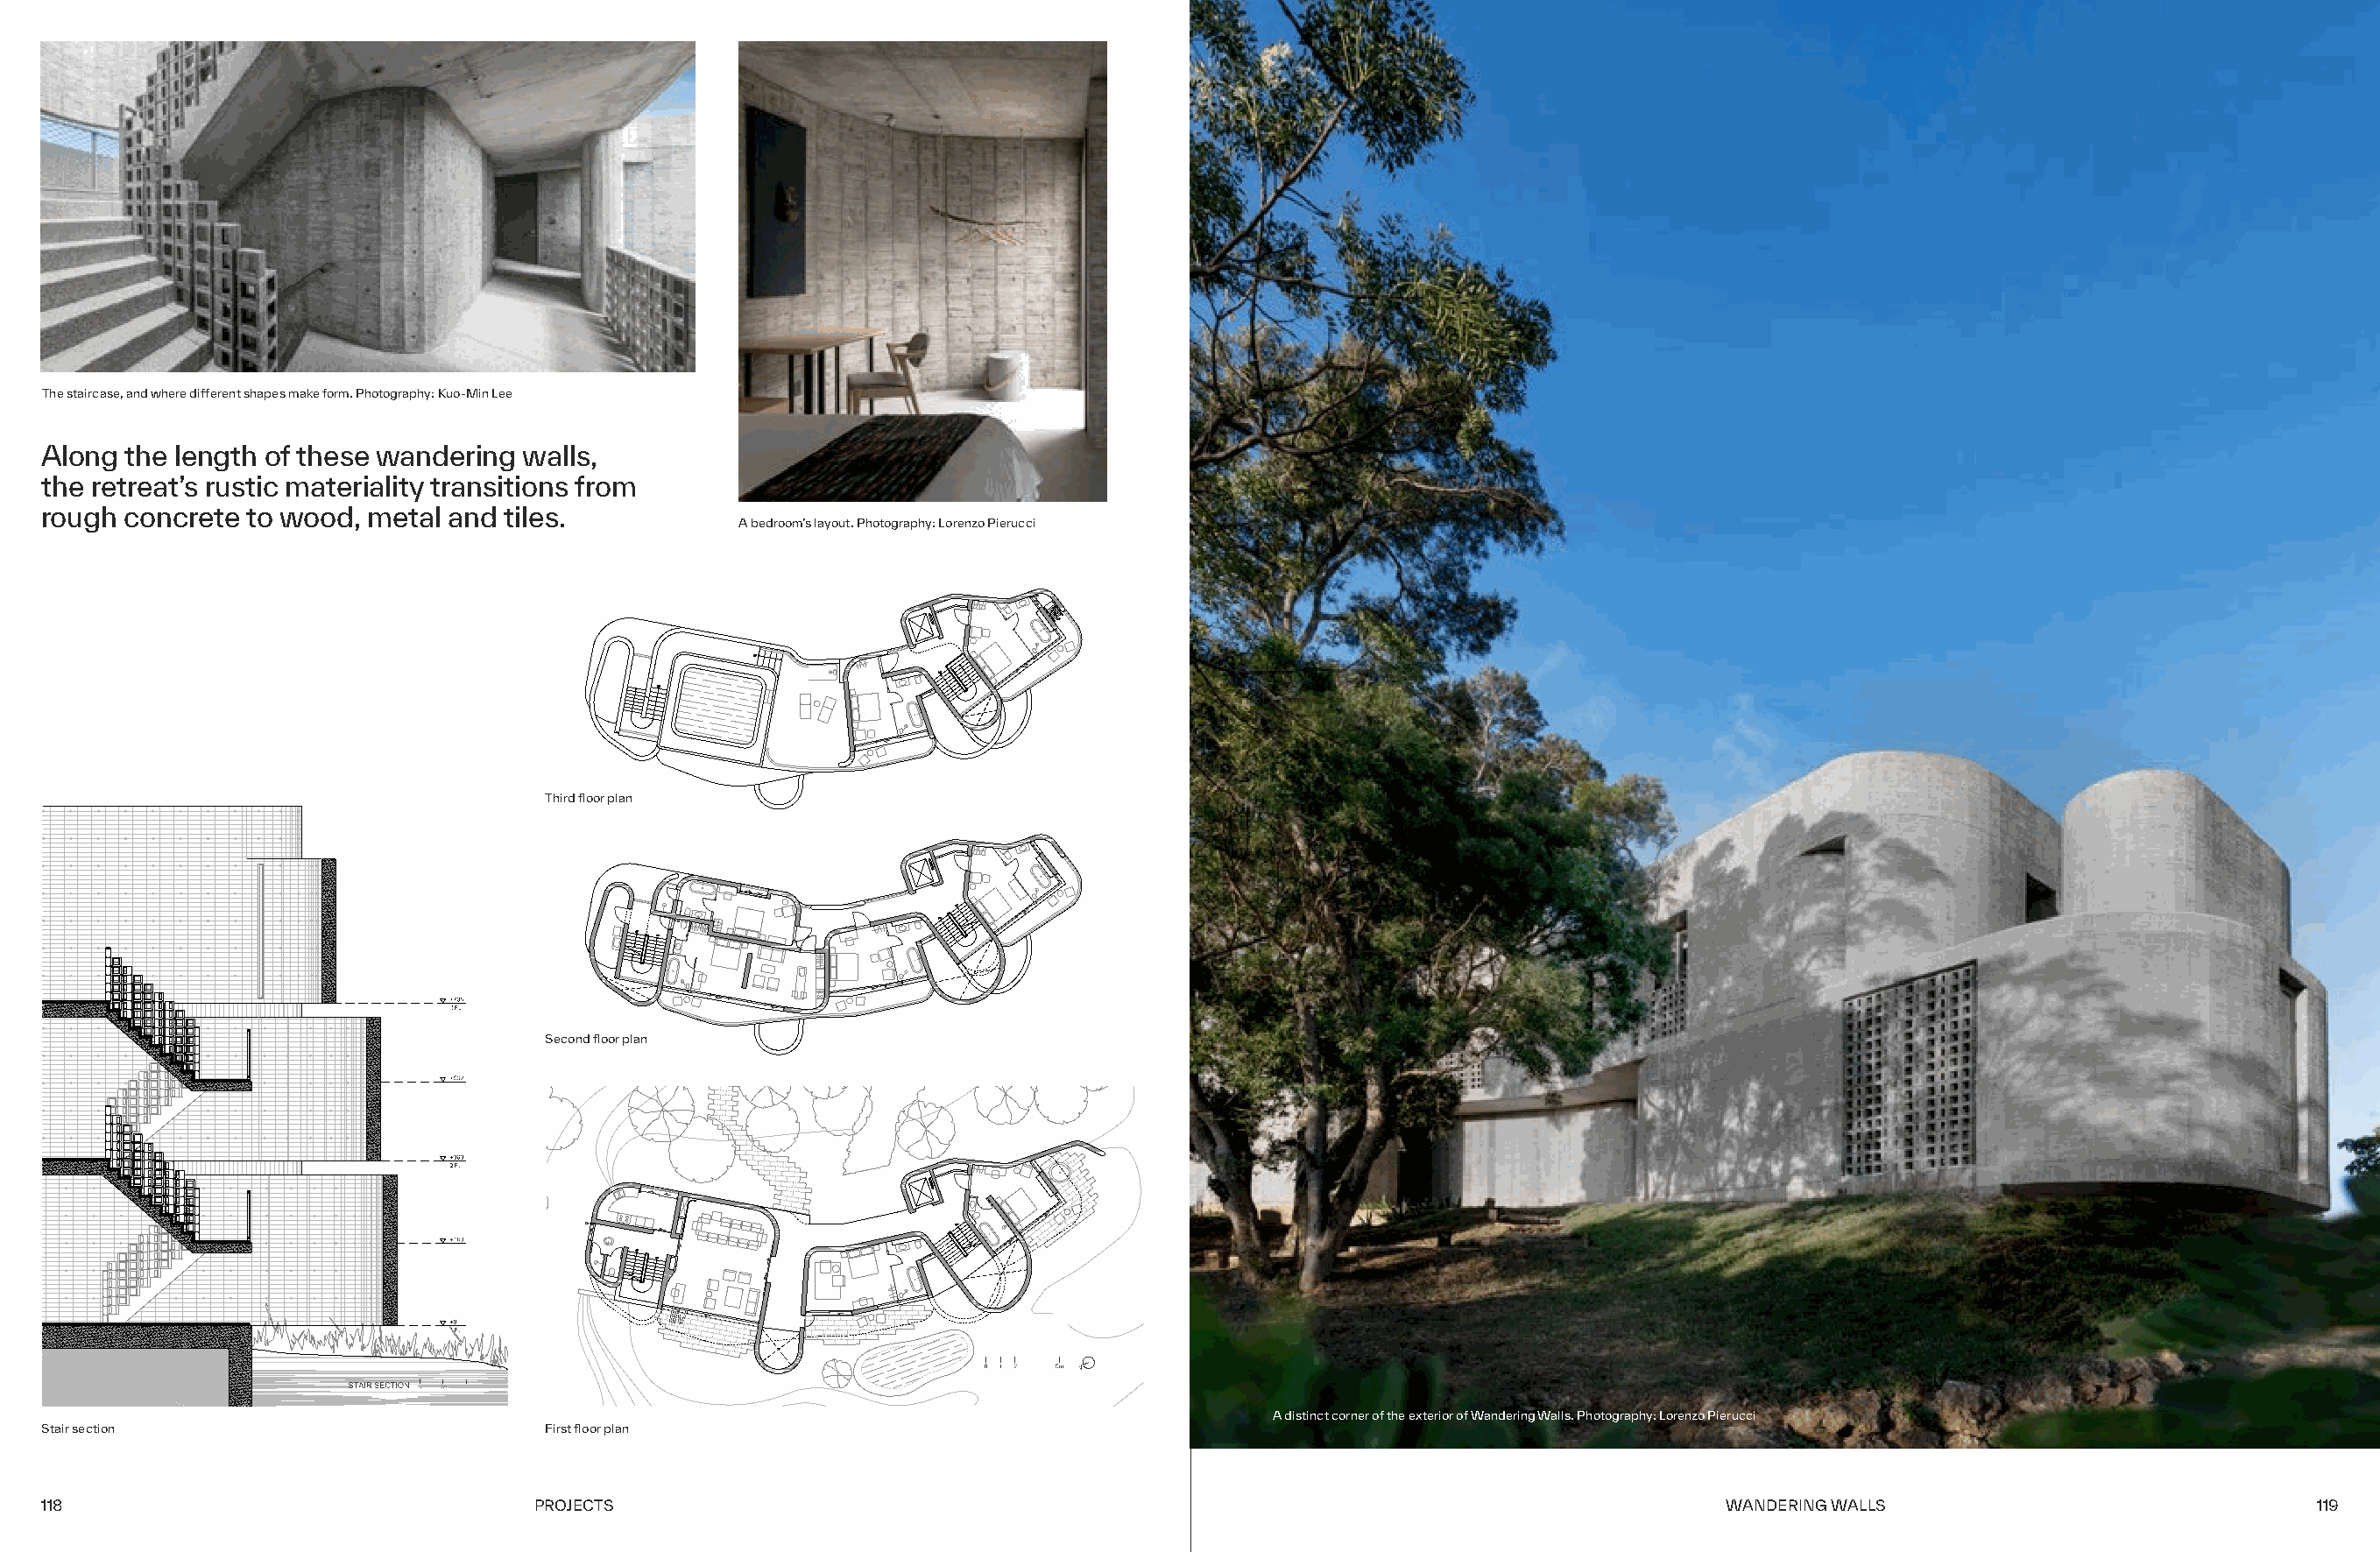
The staircase, and where different shapes make form. Photography: Kuo-Min Lee
 Along the length of these wandering  walls,
 the retreat’s rustic materiality transitions from
 rough concrete  to wood, metal and tiles.
 A bedroom’s layout. Photography: Lorenzo Pierucci
 Third floor plan
 Second floor plan
 A distinct corner of the exterior of Wandering Walls. Photography: Lorenzo Pierucci
 Stair section                         First floor plan
 118                                  PROJECTS                                                                                  WANDERING WALLS                              119